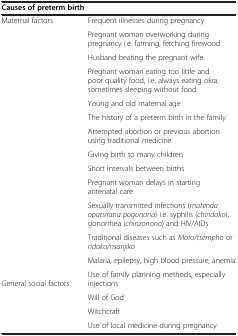
<table><thead><tr><td colspan="2"><b>Causes of preterm birth</b></td></tr></thead><tbody><tr><td>Maternal factors</td><td>Frequent illnesses during pregnancy</td></tr><tr><td></td><td>Pregnant woman overworking during pregnancy i.e. farming, fetching firewood</td></tr><tr><td></td><td>Husband beating the pregnant wife</td></tr><tr><td></td><td>Pregnant woman eating too little and poor quality food, i.e. always eating okra, sometimes sleeping without food</td></tr><tr><td></td><td>Young and old maternal age</td></tr><tr><td></td><td>The history of a preterm birth in the family</td></tr><tr><td></td><td>Attempted abortion or previous abortion using traditional medicine</td></tr><tr><td></td><td>Giving birth to many children</td></tr><tr><td></td><td>Short intervals between births</td></tr><tr><td></td><td>Pregnant woman delays in starting antenatal care</td></tr><tr><td></td><td>Sexually transmitted infections (<i>matenda opatsirana pogonana</i>) i.e. syphilis (<i>chindoko</i>), gonorrhea (<i>chinzonono</i>) and HIV/AIDs</td></tr><tr><td></td><td>Traditional diseases such as <i>Moto/tsempho</i> or <i>ndaka/nsanjiko</i></td></tr><tr><td></td><td>Malaria, epilepsy, high blood pressure, anemia</td></tr><tr><td>General social factors</td><td>Use of family planning methods, especially injections</td></tr><tr><td></td><td>Will of God</td></tr><tr><td></td><td>Witchcraft</td></tr><tr><td></td><td>Use of local medicine during pregnancy</td></tr></tbody></table>